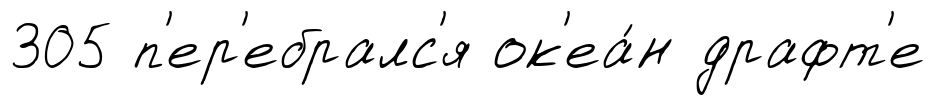
305 п'ер'ебралс'я ок'еа́н драфт'е